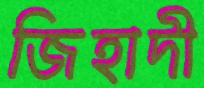
জিহাদী